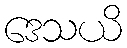
ဒေသယိ